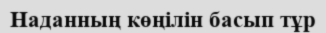
Наданның көңілін басып тұр